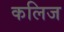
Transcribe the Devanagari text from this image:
कलिज